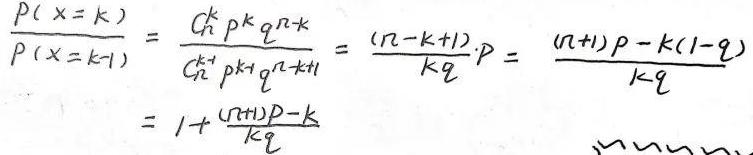
\[
\frac{P(X = k)}{P(X = k - 1)} = \frac{C_{n}^{k}p^{k}q^{n - k}}{C_{n}^{k - 1}p^{k - 1}q^{n - k + 1}} = \frac{(n - k + 1)}{kq}p = \frac{(n + 1)p - k(1 - q)}{kq} = 1 + \frac{(n + 1)p - k}{kq}
\]